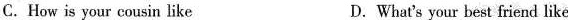
C.How is your cousin like D.What's your best friend like